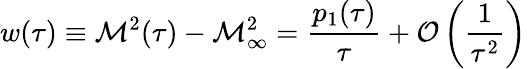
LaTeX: w(\tau)\equiv{\cal M}^{2}(\tau)-{\cal M}_{\infty}^{2}={\frac{p_{1}(\tau)}{\tau}}+{\cal O}\left({\frac{1}{\tau^{2}}}\right)